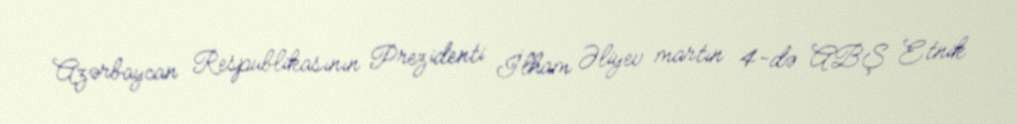
Azərbaycan Respublikasının Prezidenti İlham Əliyev martın 4-də ABŞ Etnik